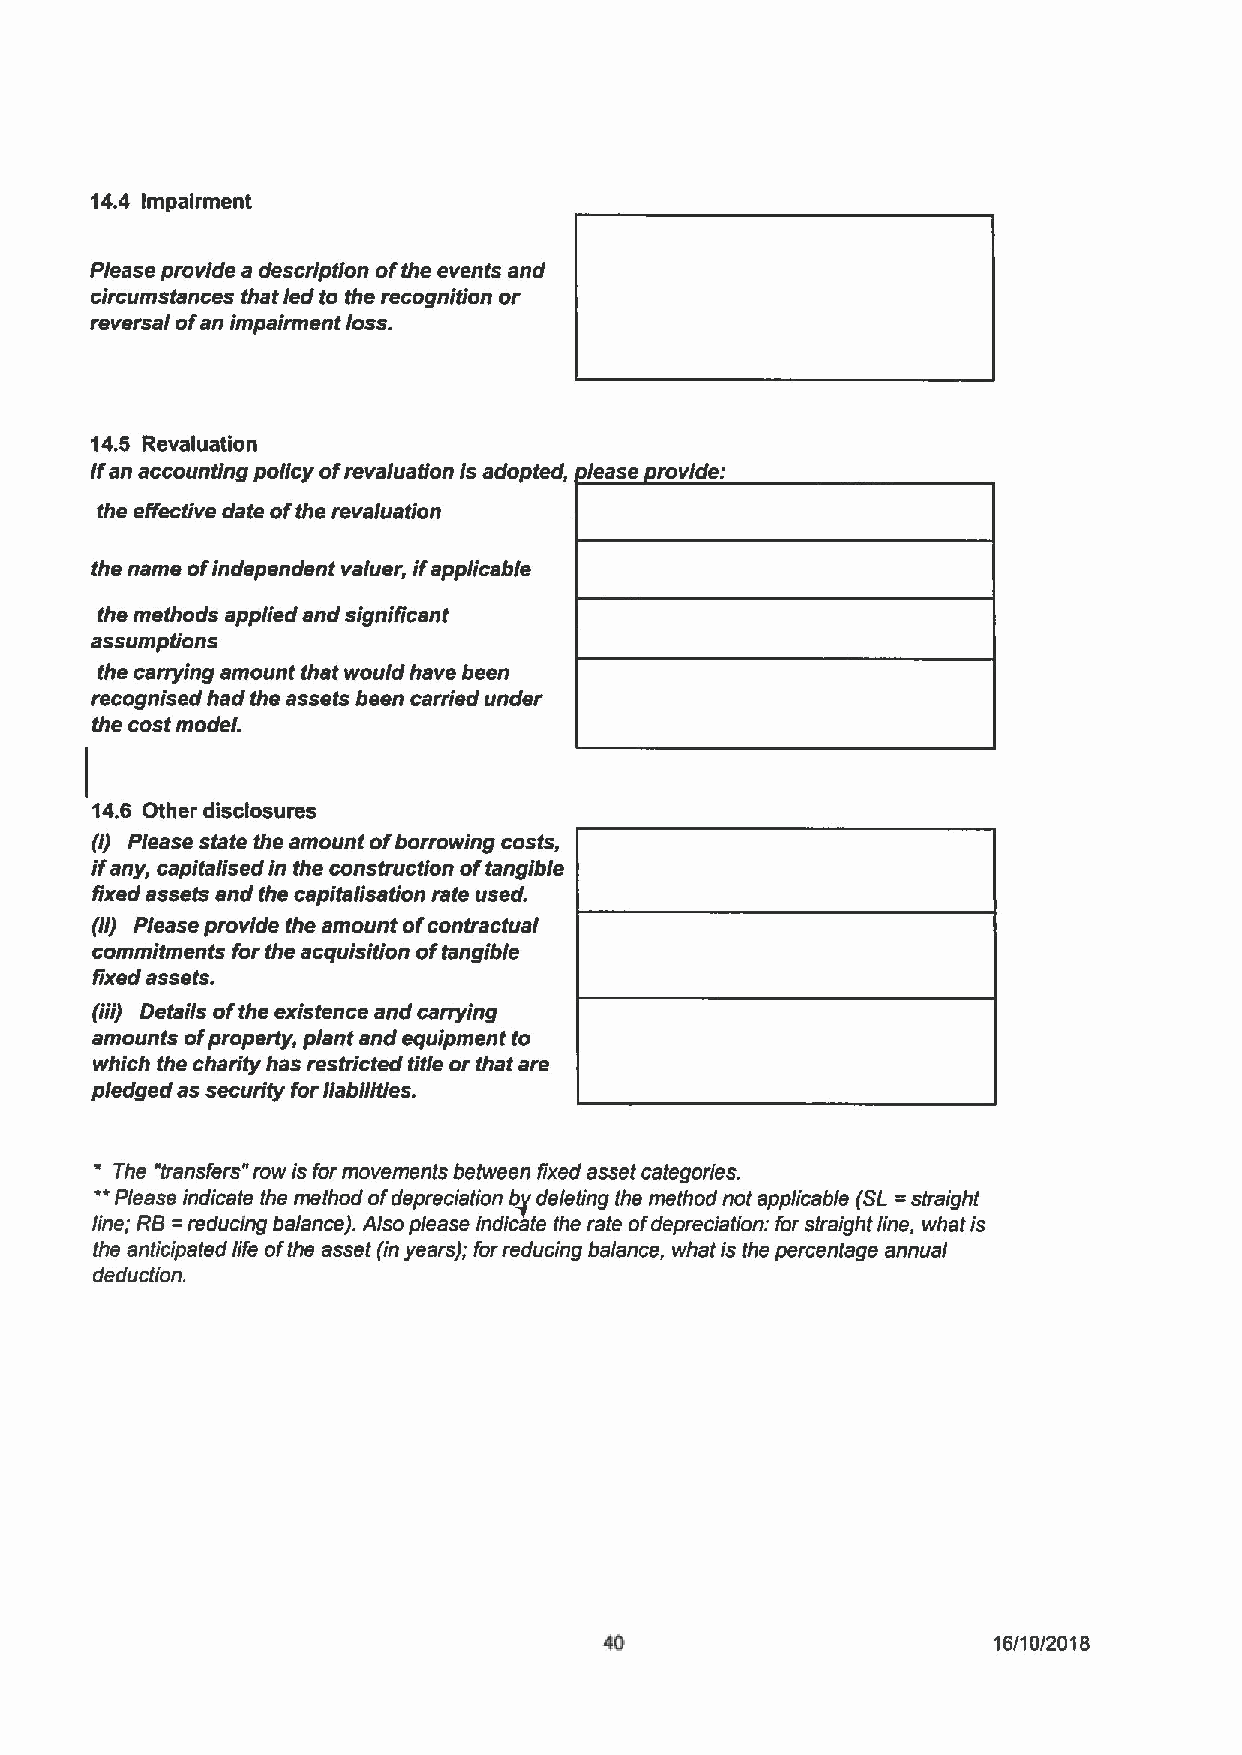
14.4 Impairment
 Please provide a description ofthe events and
 circumstances that led to the recognition or
 reversal ofan impairment loss.
 14.5 Revaluation
 Ifanaccountingpolicyofrevaluationisadopted, lease rovidei
 the effective date ofthe revaluation
 the name ofindependent valuer, ifapplicable
 the methods applied and significant
 assumptions
 the carrying amount that would have been
 recognised had the assets been carried under
 the cost model.
 !
 14.6 Other disclosures
 (i) Please state the amount ofborrowing costs,
 if any, capitalised in the construction oftangible
 fixed assets and the capitalisation rate used.
 (ii) Please provide the amount ofcontractual
 commitments for the acquisition oftangible
 fixed assets.
 (iii) Details ofthe existence and carrying
 amounts ofproperty, plant and equipment to
 which the charity has restricted title or that are
 pledged as security for liabi%ties.
 '
 The "transfers" rowis formovements between fixed asset categories.
 "Please indicate the method ofdepreciation bg deleting the method not applicable (SL=straight
 line; RB=reducing balance). Also please indicate the rate ofdepreciation: for straight line, whatis
 the anticipated life ofthe asset (in years); forreducing balance, what is the percentage annual
 deduction.
 16/10/2018